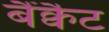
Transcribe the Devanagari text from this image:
बैंक्वैट